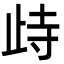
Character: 歭